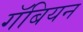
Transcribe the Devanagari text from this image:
गॅबियन